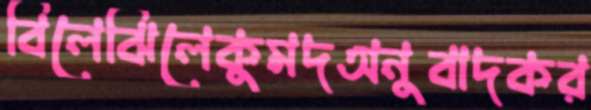
বিলেঝিলেকুমদঅনুবাদকর